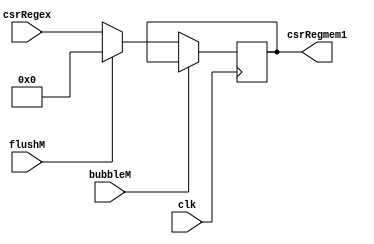
`timescale 1ns / 1ps
//////////////////////////////////////////////////////////////////////////////////
// Company: USTC 
// 
// Design Name: RV32I Core
// Module Name: csrex
// Tool Versions: Vivado 2017.4.1
// Description: CSR Register write back data for rd
// 
//////////////////////////////////////////////////////////////////////////////////


//  
    //  EX\MEM csr value for rd
// 
    // clk               
    //csrRegex           exrdcsr
    // bubbleM           MEMbubble
    // flushM            MEMflush
// 
    // csrRegmem1       CSR
// 
    // 

module csrex(
    input wire clk, bubbleM, flushM,
    input wire [31:0] csrRegex,
    output reg [31:0] csrRegmem1
    );

    initial csrRegmem1 = 0;
    
    always@(posedge clk)
        if (!bubbleM) 
        begin
            if (flushM)
                csrRegmem1 <= 0;
            else 
                csrRegmem1 <= csrRegex;
        end
    
endmodule